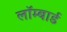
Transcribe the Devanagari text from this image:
लॉम्बार्ड